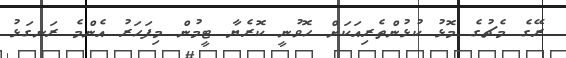
ރޭގެ މެޗުގެ މޮޅު ކުޅުންތެރިއަކަށް ހޮވުނީ ކޮރެޔާ ޓީމުން މިފަހަރު އެންމެ ރަނގަޅު